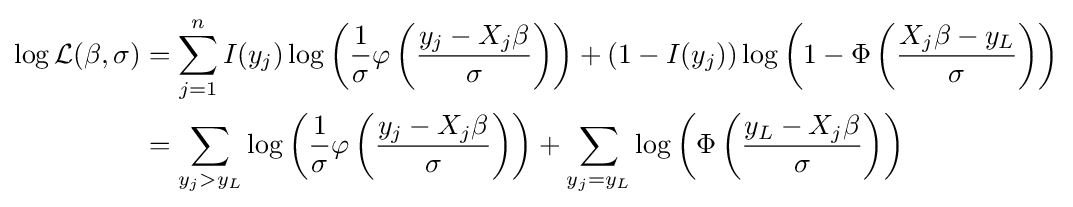
{\begin{aligned}\log {\mathcal {L}}(\beta ,\sigma )&=\sum _{j=1}^{n}I(y_{j})\log \left({\frac {1}{\sigma }}\varphi \left({\frac {y_{j}-X_{j}\beta }{\sigma }}\right)\right)+(1-I(y_{j}))\log \left(1-\Phi \left({\frac {X_{j}\beta -y_{L}}{\sigma }}\right)\right)\\&=\sum _{y_{j}>y_{L}}\log \left({\frac {1}{\sigma }}\varphi \left({\frac {y_{j}-X_{j}\beta }{\sigma }}\right)\right)+\sum _{y_{j}=y_{L}}\log \left(\Phi \left({\frac {y_{L}-X_{j}\beta }{\sigma }}\right)\right)\end{aligned}}